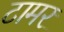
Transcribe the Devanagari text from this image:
टामर